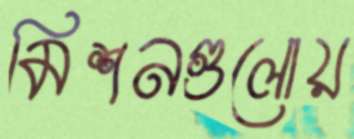
মিশনগুলোয়